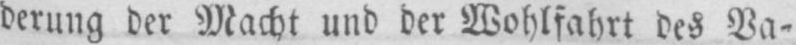
derung der Macht und der Wohlfahrt des Va-